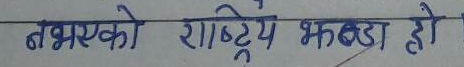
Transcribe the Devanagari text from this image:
नभएको राष्ट्रिय झण्डा हो।